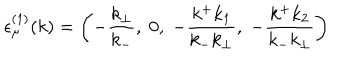
LaTeX: { \epsilon } _ { \mu } ^ { ( 1 ) } ( k ) = \left( - \frac { k _ { \bot } } { k _ { - } } , \; 0 , \; - \frac { k ^ { + } k _ { 1 } } { k _ { - } k _ { \bot } } , \; - \frac { k ^ { + } k _ { 2 } } { k _ { - } k _ { \bot } } \right)